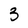
Character: 3